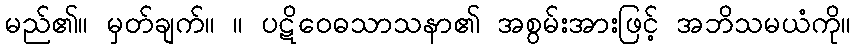
မည်၏။ မှတ်ချက်။ ။ ပဋိဝေဓသာသနာ၏ အစွမ်းအားဖြင့် အဘိသမယံကို။